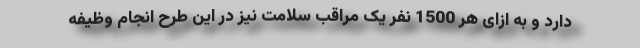
دارد و به ازای هر 1500 نفر یک مراقب سلامت نیز در این طرح انجام وظیفه